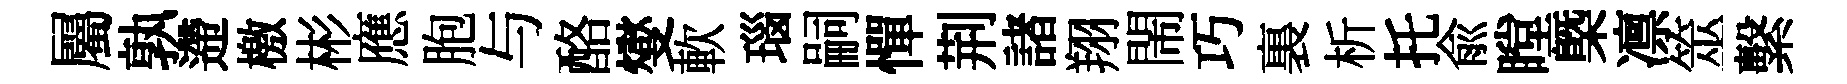
屬孰遰檄彬應胞与酪燮軟瑙嗣憚荆諸翔閙巧裏析托兪瞠㮣凛筮繫